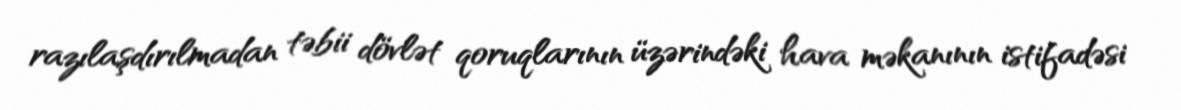
razılaşdırılmadan təbii dövlət qoruqlarının üzərindəki hava məkanının istifadəsi